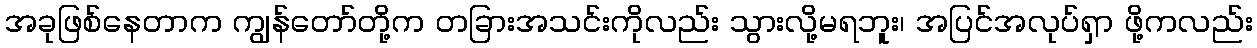
အခုဖြစ်နေတာက ကျွန်တော်တို့က တခြားအသင်းကိုလည်း သွားလို့မရဘူး၊ အပြင်အလုပ်ရှာ ဖို့ကလည်း